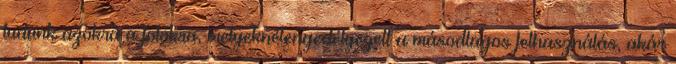
tudunk azokra a fotókra, melyeknélengedélyezett a másodlagos felhasználás, akár